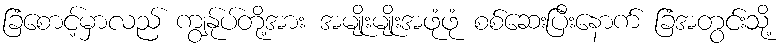
ခြံစောင့်မှာလည် ကျွန်ုပ်တို့အား အမျိုးမျိုးအဖုံဖုံ စစ်ဆေးပြီးနောက် ခြံအတွင်းသို့